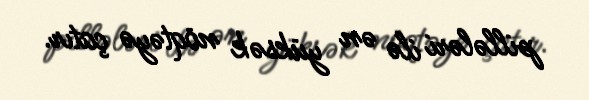
pillələri ilə ən yüksək nöqtəyə çatır.